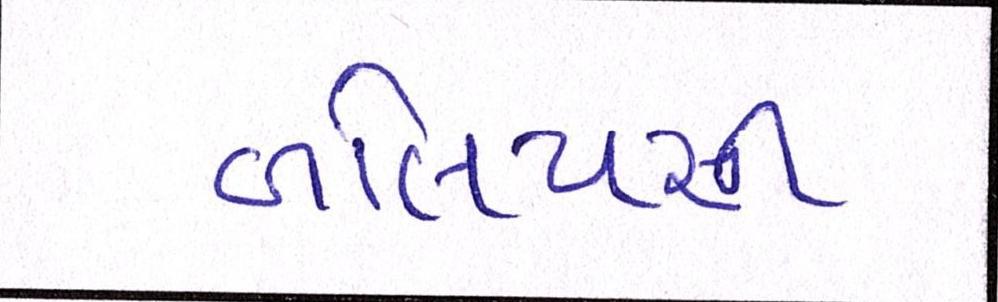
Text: બલિયસી